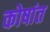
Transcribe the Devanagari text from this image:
कोषांत